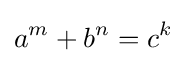
a^{m}+b^{n}=c^{k}